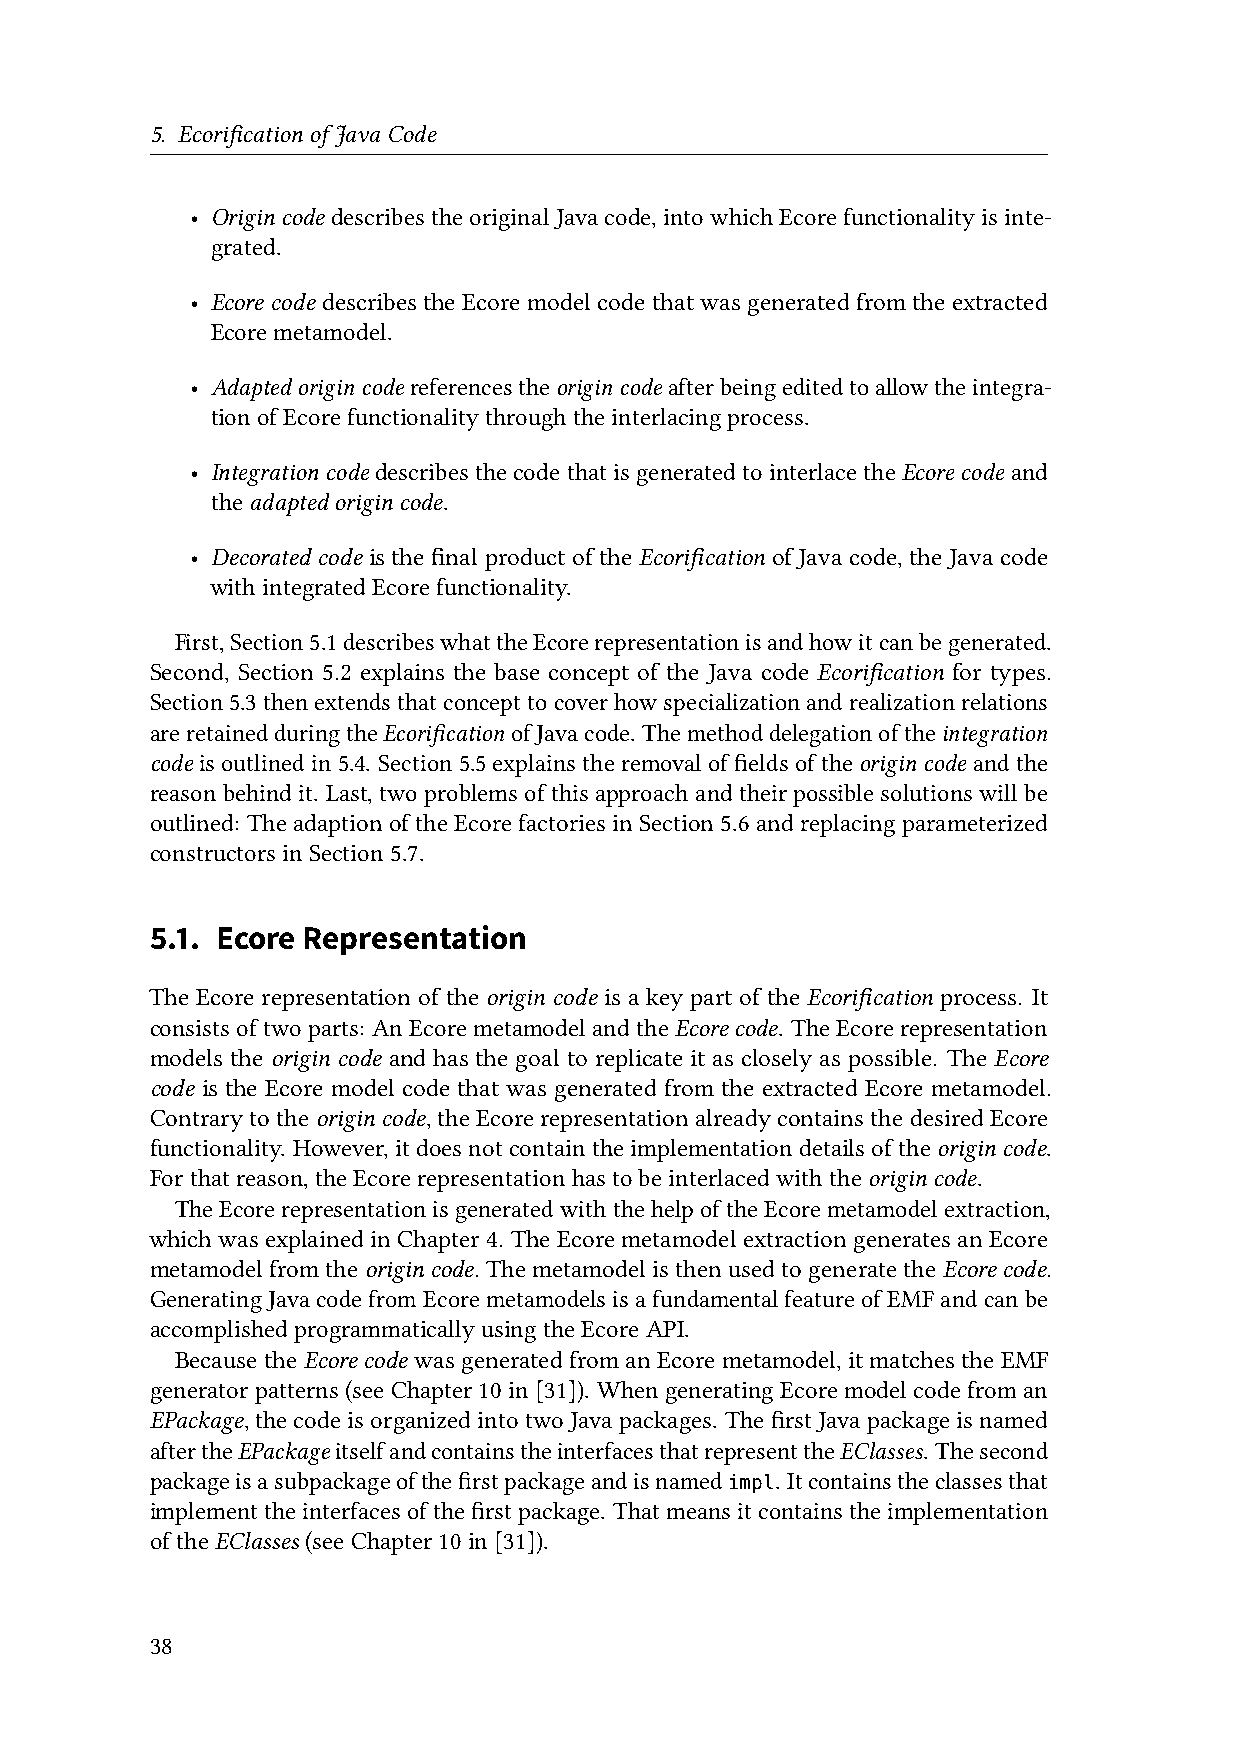
5. EcorificationofJavaCode
 • Origincode describestheoriginalJavacode,intowhichEcorefunctionalityisinte-
 grated.
 • Ecore code describes the Ecore model code that was generated from the extracted
 Ecoremetamodel.
 • Adaptedorigincode referencestheorigincode afterbeingeditedtoallowtheintegra-
 tionofEcorefunctionalitythroughtheinterlacingprocess.
 • Integrationcode describesthecodethatisgeneratedtointerlacetheEcorecode and
 theadaptedorigincode.
 • Decorated code is the final product of the Ecorification of Java code, the Java code
 withintegratedEcorefunctionality.
 First,Section5.1describeswhattheEcorerepresentationisandhowitcanbegenerated.
 Second, Section 5.2 explains the base concept of the Java code Ecorification for types.
 Section5.3thenextendsthatconcepttocoverhowspecializationandrealizationrelations
 areretainedduringtheEcorificationofJavacode. Themethoddelegationoftheintegration
 code isoutlinedin5.4. Section5.5explainstheremovaloffieldsoftheorigincode andthe
 reason behind it. Last, two problemsof this approach and theirpossible solutions will be
 outlined: TheadaptionoftheEcorefactoriesinSection5.6andreplacingparameterized
 constructorsinSection5.7.
 5.1. Ecore Representation
 The Ecore representation of the origin code is a key part of the Ecorification process. It
 consists oftwo parts: AnEcore metamodeland theEcore code. TheEcore representation
 models the origin code and has the goal to replicate it as closely as possible. The Ecore
 code is the Ecore model code that was generated from the extracted Ecore metamodel.
 Contrarytotheorigincode,theEcorerepresentationalreadycontainsthedesiredEcore
 functionality. However,itdoesnotcontaintheimplementationdetailsoftheorigincode.
 Forthatreason,theEcorerepresentationhastobeinterlacedwiththeorigincode.
 TheEcorerepresentationisgeneratedwiththehelpoftheEcoremetamodelextraction,
 whichwasexplainedinChapter4. TheEcoremetamodelextractiongeneratesanEcore
 metamodelfromtheorigincode. ThemetamodelisthenusedtogeneratetheEcorecode.
 GeneratingJavacodefromEcoremetamodelsisafundamentalfeatureofEMFandcanbe
 accomplishedprogrammaticallyusingtheEcoreAPI.
 BecausetheEcorecode wasgeneratedfromanEcoremetamodel,itmatchestheEMF
 generatorpatterns(seeChapter10in[31]). WhengeneratingEcoremodelcodefroman
 EPackage,thecodeisorganizedintotwoJavapackages. ThefirstJavapackageisnamed
 aftertheEPackageitselfandcontainstheinterfacesthatrepresenttheEClasses. Thesecond
 packageisasubpackageofthefirstpackageandisnamed . Itcontainstheclassesthat
 impl
 implementtheinterfacesofthefirstpackage. Thatmeansitcontainstheimplementation
 oftheEClasses (seeChapter10in[31]).
 38